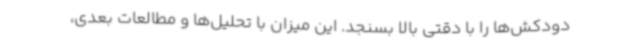
دودکش‌ها را با دقتی بالا بسنجد. این میزان با تحلیل‌ها و مطالعات بعدی،